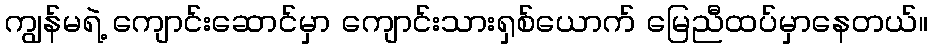
ကျွန်မရဲ့ ကျောင်းဆောင်မှာ ကျောင်းသားရှစ်ယောက် မြေညီထပ်မှာနေတယ်။